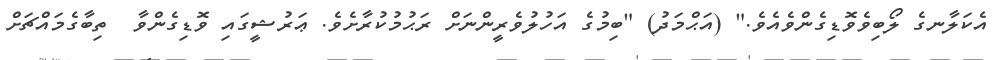
އެކަލާނގެ ލޯބިވެވޮޑިގެންވެއެވެ." (އަޙްމަދު) "ބިމުގެ އަހުލުވެރީންނަށް ރަޙުމުކުރާށެވެ. ޢަރުޝީގައި ވޮޑިގެންވާ  ތިބާގެމައްޗަށް